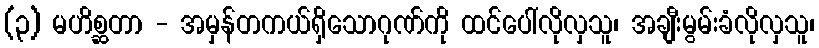
(၃) မဟိစ္ဆတာ - အမှန်တကယ်ရှိသောဂုဏ်ကို ထင်ပေါ်လိုလှသူ၊ အချီးမွမ်းခံလိုလှသူ၊